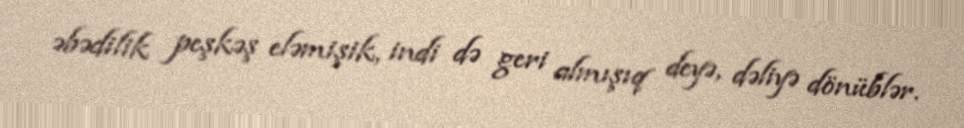
əbədilik peşkəş eləmişik, indi də geri almışıq deyə, dəliyə dönüblər.